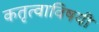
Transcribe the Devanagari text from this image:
कतृत्वाविषयी